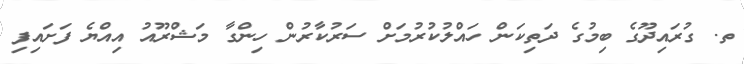
ތ. ގުރައިދޫގެ ބިމުގެ ދަތިކަން ހައްލުކުރުމަށް ސަރުކާރުން ހިންގާ މަޝްރޫއު އިއްޔެ ފަށައިފި